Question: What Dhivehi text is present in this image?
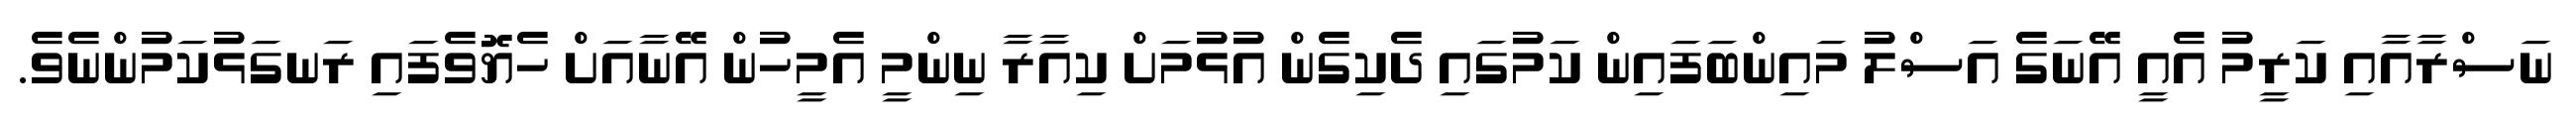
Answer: ނަސްރާއާއި ކަރީމު އެއީ އޭނަގެ އަސްލު މައިންބަފައިން ކަމުގައި ދެކިގެން އުޅުމަށް ކިއާރާ ނިންމީ އެމީހުން އޭނާއަށް ހެޔޮވެފައި ރަނގަޅުކަމުންނެވެ.